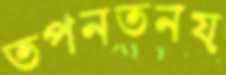
তপনতনয়